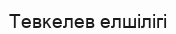
Тевкелев елшілігі